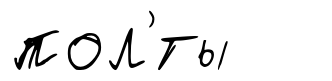
пол'́ты